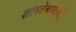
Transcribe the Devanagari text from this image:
ज्ञानदेवादींची